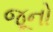
જૂનો